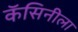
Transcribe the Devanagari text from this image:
कॅसिनीला